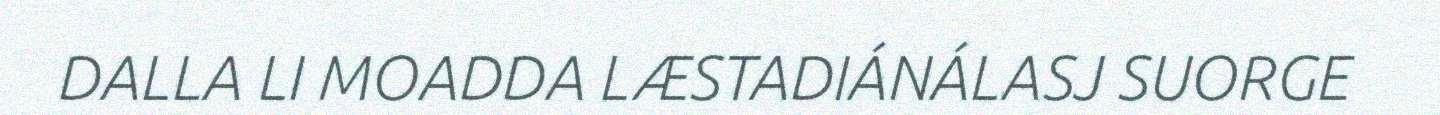
DALLA LI MOADDA LÆSTADIÁNÁLASJ SUORGE